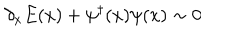
\partial _ { x } E ( x ) + \psi ^ { \dagger } ( x ) \psi ( x ) \sim 0